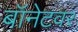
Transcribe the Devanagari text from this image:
बॉनेटवर